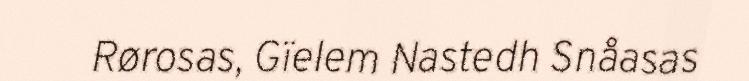
Rørosas, Gïelem Nastedh Snåasas